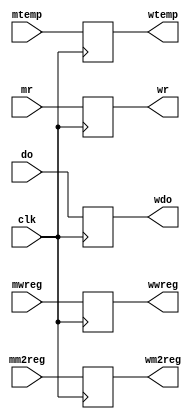
`timescale 1ns / 1ps
//////////////////////////////////////////////////////////////////////////////////
// Company: 
// Engineer: 
// 
// Design Name: 
// Module Name: MEMWB
// Project Name: 
// Target Devices: 
// Tool Versions: 
// Description: 
// 
// Dependencies: 
// 
// Revision:
// Revision 0.01 - File Created
// Additional Comments:
// 
//////////////////////////////////////////////////////////////////////////////////


module MEMWB(clk,mwreg,mm2reg,mtemp,mr,do,wwreg,wm2reg,wtemp,wr,wdo);
    input clk;
    input mwreg;
    input mm2reg;
    input [4:0] mtemp;
    input [31:0] mr;
    input [31:0] do;
    output reg wwreg;
    output reg wm2reg;
    output reg [4:0] wtemp;
    output reg [31:0] wr;
    output reg [31:0] wdo;
    always @(posedge clk) begin
    wwreg <= mwreg;
    wm2reg <= mm2reg;
    wtemp <= mtemp;
    wr <= mr;
    wdo <= do;
    end
endmodule